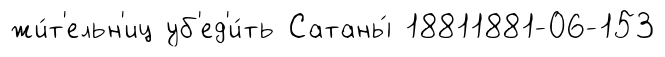
жи́т'ельн'иц уб'ед'и́ть Сатаны́ 18811881-06-153